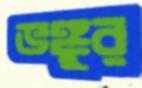
ভঙ্গুর